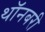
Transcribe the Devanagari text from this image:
थॉनबरी